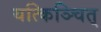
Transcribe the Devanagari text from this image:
यत्किञ्चित्